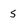
Character: 5